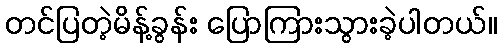
တင်ပြတဲ့မိန့်ခွန်း ပြောကြားသွားခဲ့ပါတယ်။